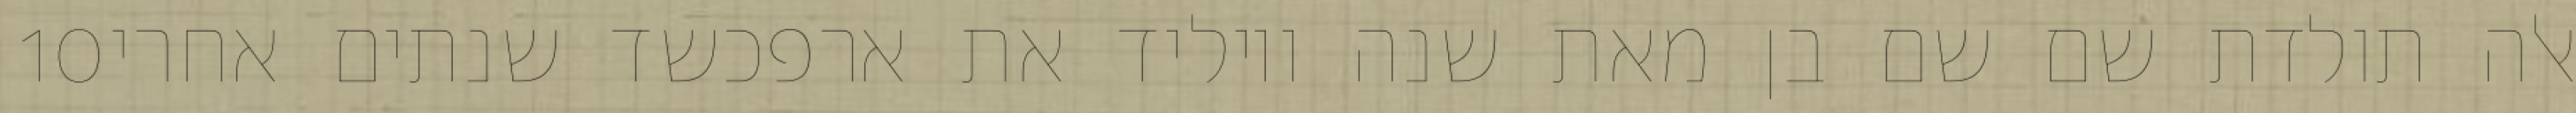
‎10‏ אלה תולדת שם שם בן מאת שנה ויוליד את ארפכשד שנתים אחרי